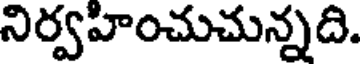
నిర్వహించుచున్నది.